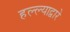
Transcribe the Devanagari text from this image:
हल्ल्याद्वारे